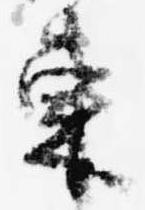
東